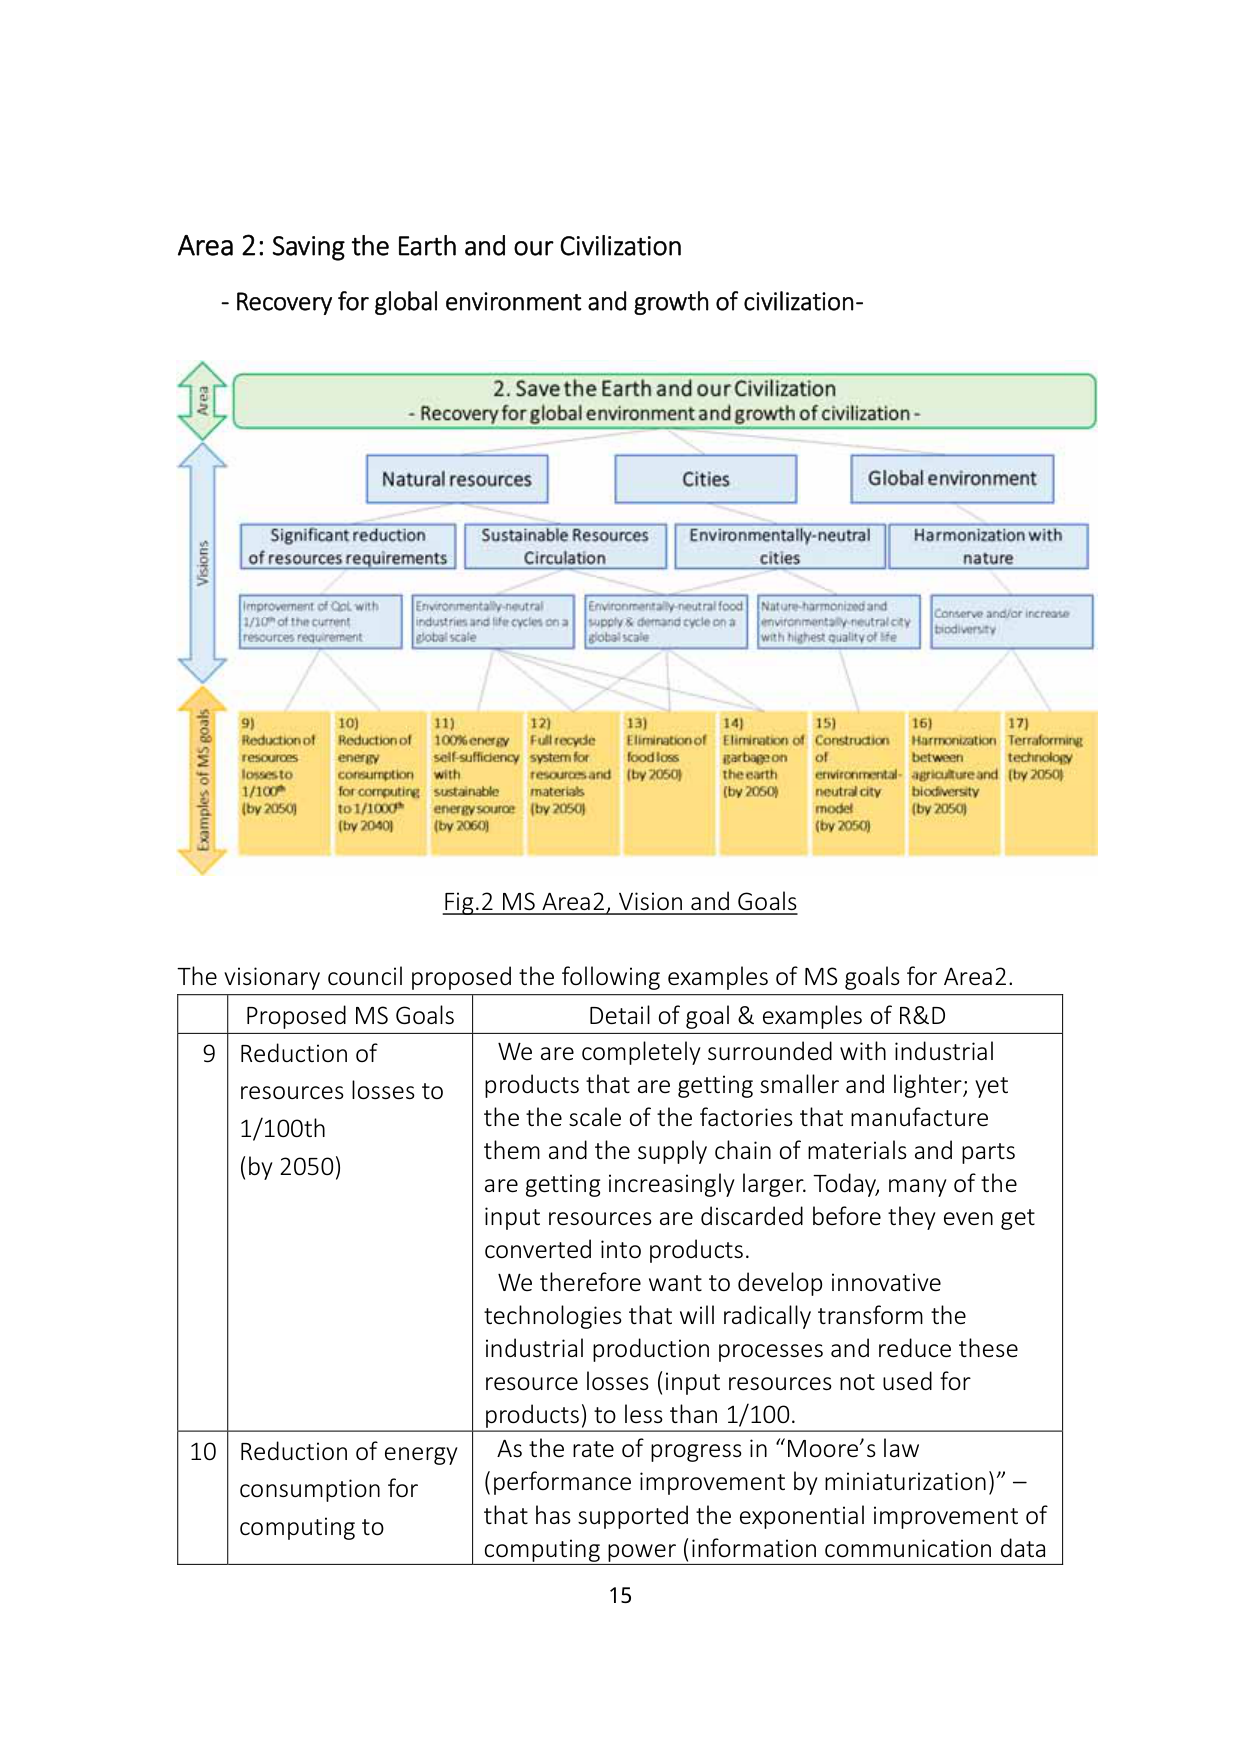
Area 2: Saving the Earth and our Civilization
- Recovery for global environment and growth of civilization-

2. Save the Earth and our Civilization
- Recovery for global environment and growth of civilization -

Area
Visions
Examples of MS goals

Natural resources
Cities
Global environment

Significant reduction
of resources requirements
Sustainable Resources
Circulation
Environmentally-neutral
cities
Harmonization with
nature

Improvement of QoL with
1/10th of the current
resources requirement
Environmentally-neutral
industries and life cycles on a
global scale
Environmentally-neutral food
supply & demand cycle on a
global scale
Nature-harmonized and
environmentally-neutral city
with highest quality of life
Conserve and/or increase
biodiversity

9) Reduction of
resources
losses to
1/100th
(by 2050)
10) Reduction of
energy
consumption
for computing
to 1/1000th
(by 2040)
11) 100% energy
self-sufficiency
with
sustainable
energy source
(by 2060)
12) Full recycle
system for
resources and
materials
(by 2050)
13) Elimination of
food loss
(by 2050)
14) Elimination of
garbage on
the earth
(by 2050)
15) Construction
of
environmental-
neutral city
model
(by 2050)
16) Harmonization
between
agriculture and
biodiversity
(by 2050)
17) Terraforming
technology
(by 2050)

Fig.2 MS Area2, Vision and Goals

The visionary council proposed the following examples of MS goals for Area2.

Proposed MS Goals
Detail of goal & examples of R&D

9
Reduction of
resources losses to
1/100th
(by 2050)
We are completely surrounded with industrial
products that are getting smaller and lighter; yet
the the scale of the factories that manufacture
them and the supply chain of materials and parts
are getting increasingly larger. Today, many of the
input resources are discarded before they even get
converted into products.
We therefore want to develop innovative
technologies that will radically transform the
industrial production processes and reduce these
resource losses (input resources not used for
products) to less than 1/100.

10
Reduction of energy
consumption for
computing to
As the rate of progress in “Moore’s law
(performance improvement by miniaturization)” –
that has supported the exponential improvement of
computing power (information communication data

15